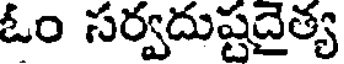
ఓం సర్వదుష్టదైత్య